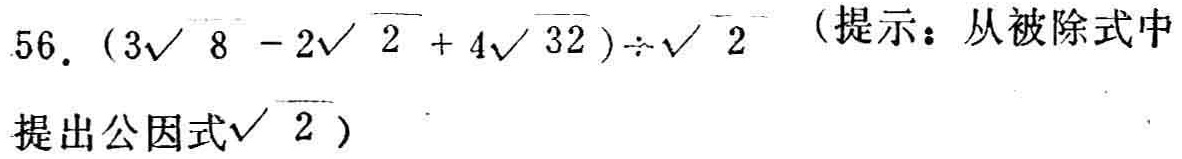
$56.\ (3\sqrt{8}-2\sqrt{2}+4\sqrt{32})\div\sqrt{2}$（提示：从被除式中提出公因式$\sqrt{2}$）